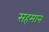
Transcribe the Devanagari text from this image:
सहमान